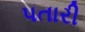
પતારી